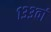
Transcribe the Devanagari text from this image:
१३३वां